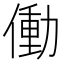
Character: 働